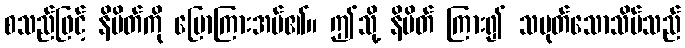
စသည်ဖြင့် နိမိတ်ကို ပြောကြားအပ်၏။ ဤသို့ နိမိတ် ကြား၍ သမုတ်သောသိမ်သည်